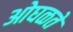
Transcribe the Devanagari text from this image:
ओघळते